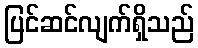
ပြင်ဆင်လျက်ရှိသည်